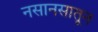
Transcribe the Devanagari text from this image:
नसानसातून